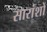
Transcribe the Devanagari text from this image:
सारांशों